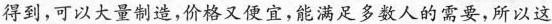
得到，可以大量制造，价格又便宜，能满足多数人的需要，所以这